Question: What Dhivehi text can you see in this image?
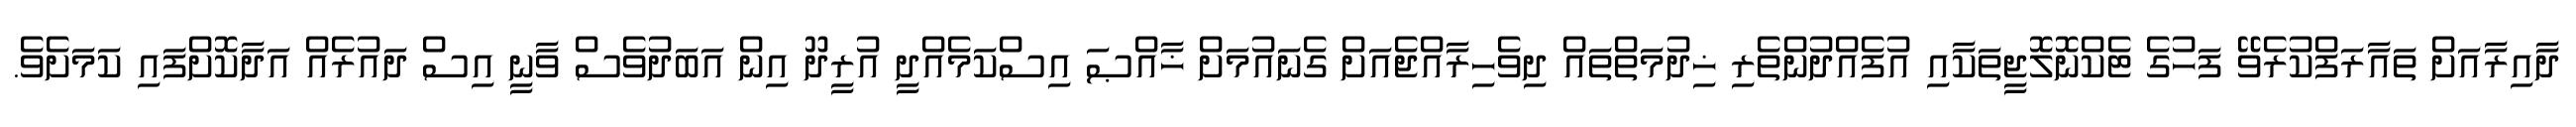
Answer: ދާއިރާއަށް ތައާރަފްކުރެވޭ ފަހުގެ ޓެކްނޮލޮޖީތަކާއި އުފެއްދުންތެރި ޚިދުމަތްތައް ދިވެހިރާއްޖެއަށް ގެނައުމަށް ޚާއްޞަ އިސްކަމެއްދީ އުރީދޫ އިން އަބަދުވެސް ވާނީ އިސް ދައުރެއް އަދާކޮށްފައި ކަމަށެވެ.